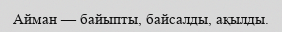
Айман — байыпты, байсалды, ақылды.